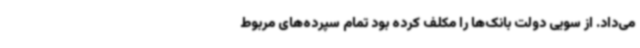
می‌داد. از سویی دولت بانک‌ها را مکلف کرده بود تمام سپرده‌های مربوط